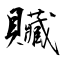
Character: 贜